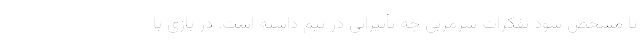
تا مشخص شود تفکرات سرمربی چه تأثیراتی در تیم داشته است. در بازی با